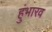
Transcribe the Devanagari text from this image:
हुंभारव